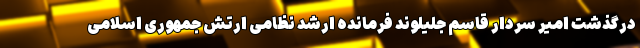
درگذشت امیر سردار قاسم جلیلوند فرمانده ارشد نظامی ارتش جمهوری اسلامی